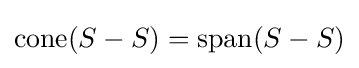
\operatorname {cone} (S-S)=\operatorname {span} (S-S)